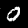
Label: 0